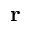
\mathbf { r }